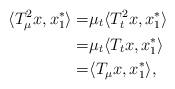
LaTeX: \begin{align*} \langle T_{\mu}^{2}x , x_{1}^{*} \rangle =& \mu_{t} \langle T_{t}^{2}x , x_{1}^{*} \rangle \\ = & \mu_{t} \langle T_{t} x , x_{1}^{*} \rangle \\ = & \langle T_{\mu} x , x_{1}^{*} \rangle,\end{align*}